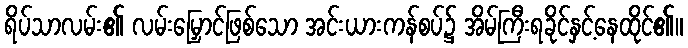
ရိပ်သာလမ်း၏ လမ်းမြှောင်ဖြစ်သော အင်းယားကန်စပ်၌ အိမ်ကြီးရခိုင်နှင့်နေထိုင်၏။